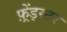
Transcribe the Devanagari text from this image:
फ़्रेंड्स्टर